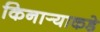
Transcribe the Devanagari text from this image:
किनार्‍याकडे